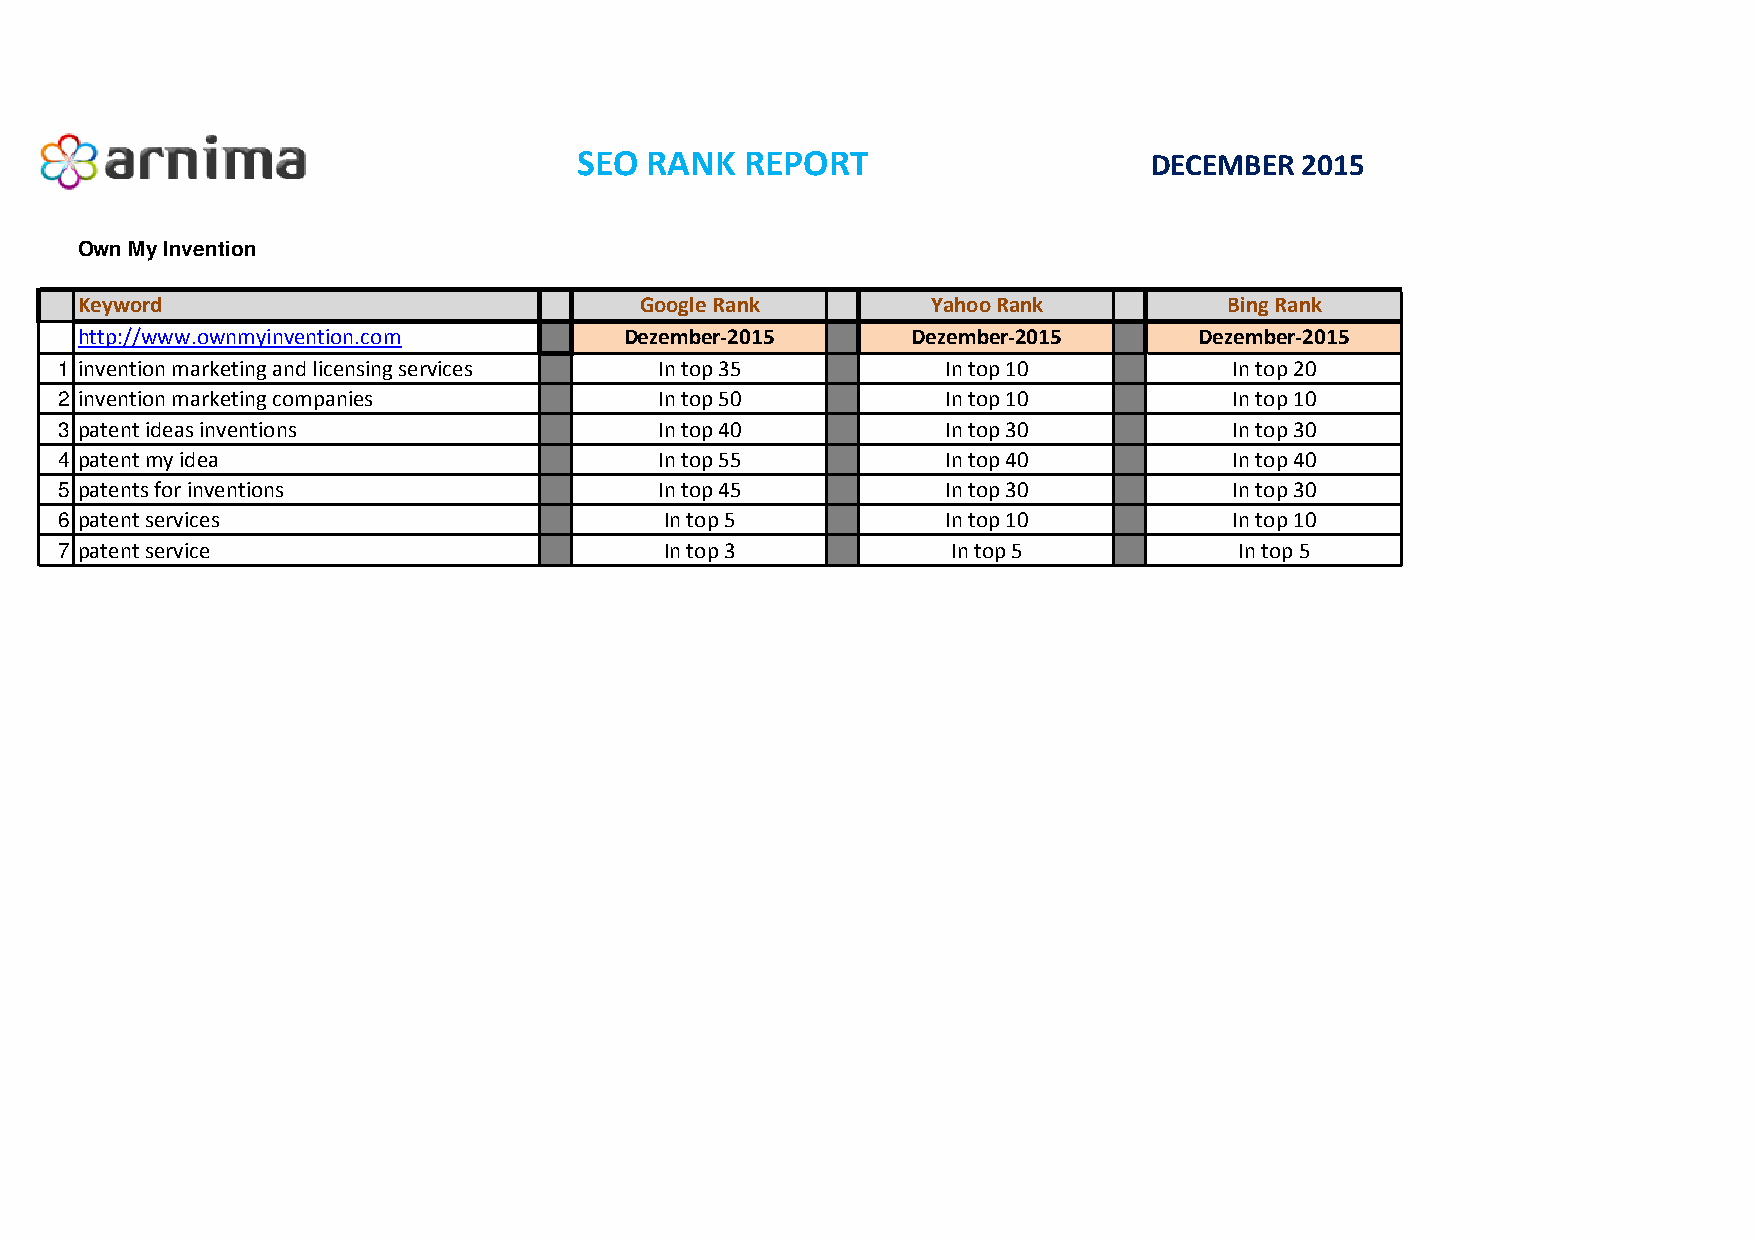
SEO  RANK  REPORT                     DECEMBER  2015
 Own My Invention
 Keyword                              Google Rank         Yahoo Rank         Bing Rank
 http://www.ownmyinvention.com       Dezember-2015      Dezember-2015      Dezember-2015
 1 invention marketing and licensing services In top 35     In top 10          In top 20
 2 invention marketing companies         In top 50          In top 10          In top 10
 3 patent ideas inventions               In top 40          In top 30          In top 30
 4 patent my idea                        In top 55          In top 40          In top 40
 5 patents for inventions                In top 45          In top 30          In top 30
 6 patent services                       In top 5           In top 10          In top 10
 7 patent service                        In top 3           In top 5           In top 5